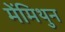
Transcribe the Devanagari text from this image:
मेंमिथुन